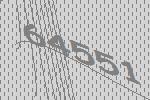
64551